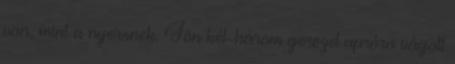
van, mint a nyersnek. Jön két-három gerezd apróra vágott